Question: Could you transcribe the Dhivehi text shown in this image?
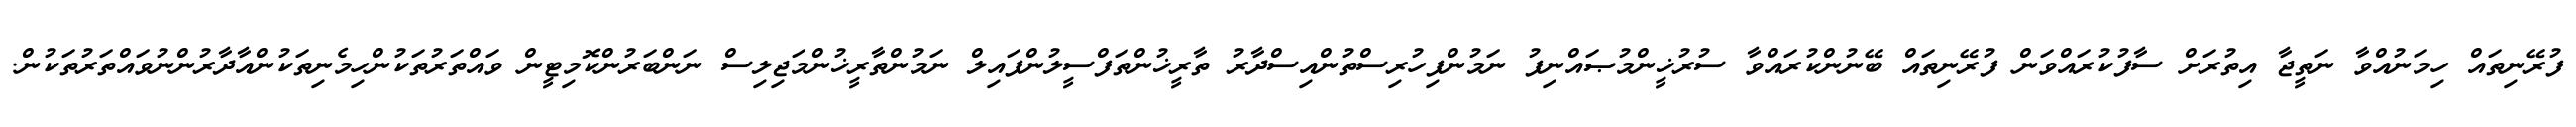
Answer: ފުރޭނިތައް ހިމަނުއްވާ ނަތީޖާ އިތުރަށް ސާފުކުރައްވަން ފުރޭނިތައް ބޭނުންކުރައްވާ ސުރުޚީންމުޞައްނިފު ނަމުންފިހުރިސްތުންއިސްދާރު ތާރީޚުންތަފްސީލުންފައިލް ނަމުންތާރީޚުންމަޖިލިސް ނަންބަރުންކޮމިޓީން ވައްތަރުތަކުންހިމެނިތަކުންއާދާރުންނުވައްތަރުތަކުން.